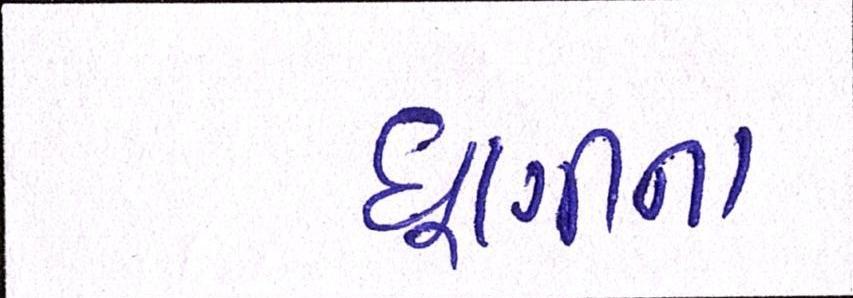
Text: ધૂણીના